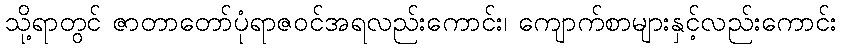
သို့ရာတွင် ဇာတာတော်ပုံရာဇဝင်အရလည်းကောင်း၊ ကျောက်စာများနှင့်လည်းကောင်း